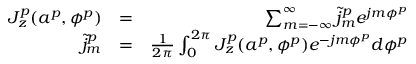
\begin{array} { r l r } { J _ { z } ^ { p } ( a ^ { p } , \phi ^ { p } ) } & { = } & { \sum _ { m = - \infty } ^ { \infty } \tilde { j } _ { m } ^ { p } e ^ { j m \phi ^ { p } } } \\ { \tilde { j } _ { m } ^ { p } } & { = } & { { \frac { 1 } { 2 \pi } } \int _ { 0 } ^ { 2 \pi } J _ { z } ^ { p } ( a ^ { p } , \phi ^ { p } ) e ^ { - j m \phi ^ { p } } d \phi ^ { p } } \end{array}